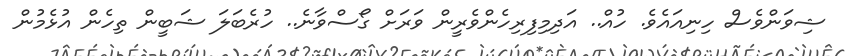
ޝިވަންވެސް ހިނިއައެވެ. ހުއް.. އަދިމިފިރިހެންވެރީން ވަރަށް ގޯސްވާނެ.. ހުރެބަލަ ޝަބީން ތިހެން އުޅެމުން